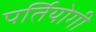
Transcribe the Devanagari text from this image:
पर्तियोगी